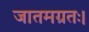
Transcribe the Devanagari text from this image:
जातमग्रतः।